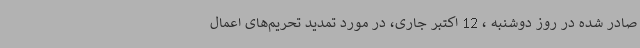
صادر شده در روز دوشنبه ، 12 اکتبر جاری، در مورد تمدید تحریم‌های اعمال